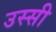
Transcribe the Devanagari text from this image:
उस्सी